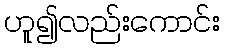
ဟူ၍လည်းကောင်း